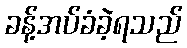
ခန့်အပ်ခံခဲ့ရသည်